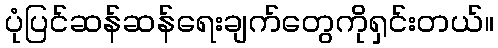
ပုံပြင်ဆန်ဆန်ရေးချက်တွေကိုရှင်းတယ်။